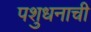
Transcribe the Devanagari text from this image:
पशुधनाची